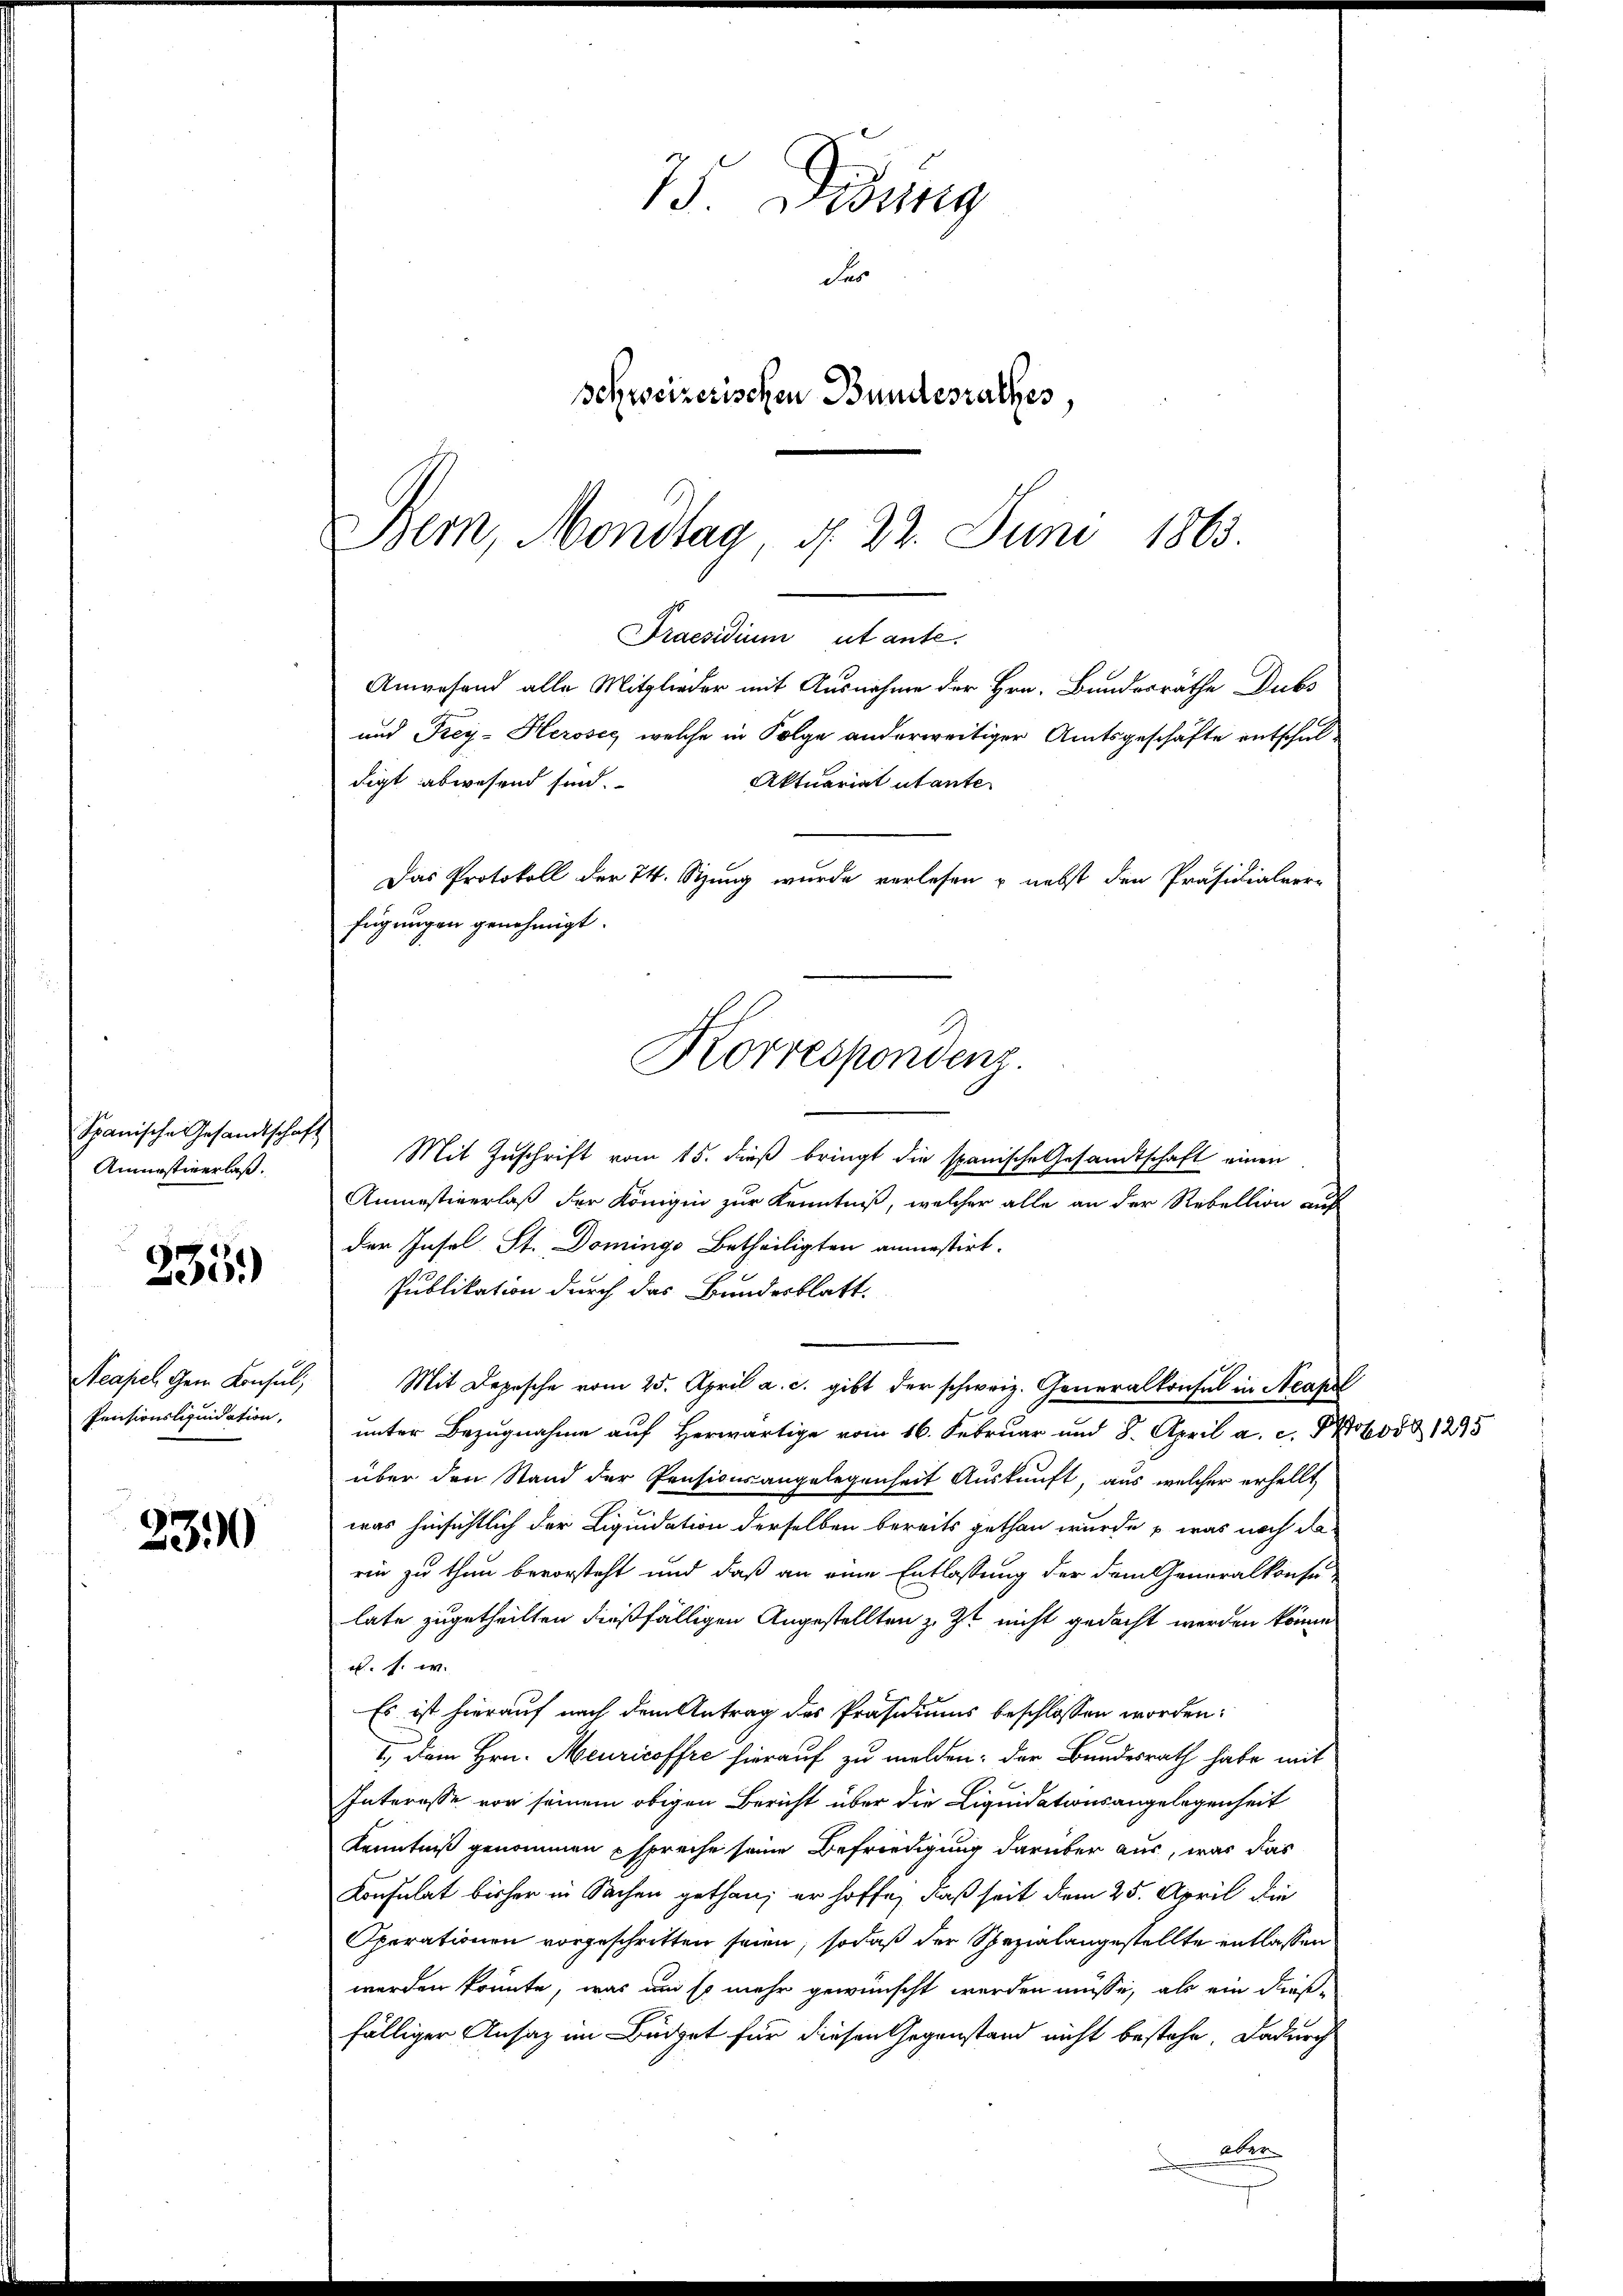
Spanische Gesandtschaft
Amnestiverlaß.

335.)

Acapel Gern Konsul,
Pensionsliquidation,

2310

digt abwesend sind.

Bern, Mondtag, d. 22. Juni 1863.
Praesidium et ante.
Anwesend alle Mitglieder mit Ausnahme der Hrn. Bundesräthe Dubs
und Frey-Heroser, welche in Folge anderweitiger Amtsgeschäfte entschul¬
Aktuariat utanter
Das Protokoll der 24. Stzung wurde verlesen & nebst den Präsidialver-
fügungen genehmigt.
Korrespondenz.

73. Disseng
der
Schweizerischen Bundesrathes,

Mit Zuschrift vom 15. dieß bringt die spanische Gesamtschaft einen
Ammastinerlaß der Königin zur Kenntniß, welcher alle an der Rebellion auf
der Insel St. Domings Betheiligten anmestirt.
Publikation durch das Bundesblatt.
Mit Depesche vom 25. April a. c. gibt der schweiz. Generalkonsul in Neapel
unter Bezugnahme auf Herwärtige vom 16. Februar und 8. April a. c.
über den Stand der Pensionsangelegenheit Auskunft, aus welcher erhellt,
was hinsichtlich der Liquidation derselben bereits gethan wurde, u. was noch da
rin zu thun bevorsteht und daß an eine Entlassung der dem Generalkonsu
late zugetheilten dießfälligen Angestellten z. Zt nicht gedacht werden könne
a. s. w.
Es ist hierauf nach dem Antrag des Präsidiums beschlossen worden:
I.) Dem Hrn. Meuricoffre hierauf zu melden: der Bundesrath habe mit
Interesse vor seinem obigen Bericht über die Liquidationsangelegenheit
Kenntniß genommen spreche seine Befriedigung darüber aus, was das
Konsulat bisher in Sachen gethan; er hoffe, daß seit dem 25. April die
Operationen vorgeschritten seien, sodaß der Spezialangestellte entlassen
werden könnte, was um so mehr gewünscht werden müsse, als ein dießfälliger Ansatz im Büdget für diesen Gegenstand nicht bestehe, dadurch
aber

50 § 1295